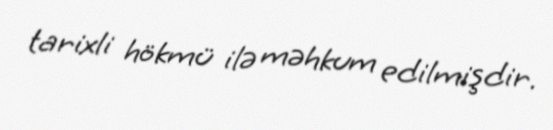
tarixli hökmü ilə məhkum edilmişdir.